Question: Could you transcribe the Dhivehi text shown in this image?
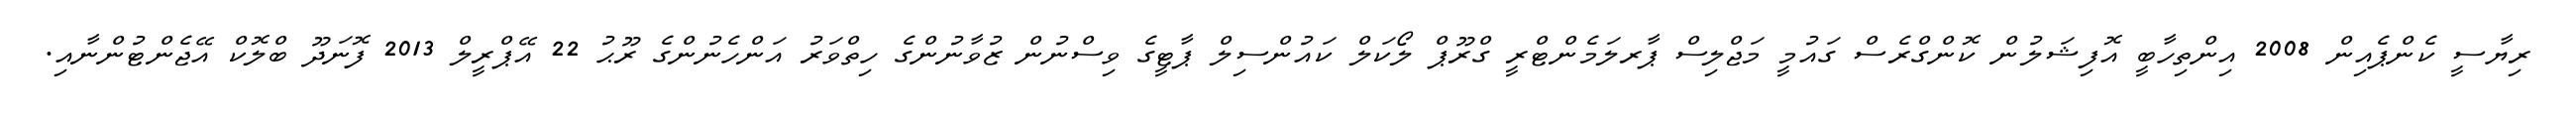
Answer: ރިޔާސީ ކެންޕެއިން 2008 އިންތިހާބީ އޮފިޝަލުން ކޮންގްރެސް ގައުމީ މަޖްލިސް ޕާރލަމެންޓްރީ ގްރޫޕް ލޯކަލް ކައުންސިލް ޕާޓީގެ ވިސްނުން ޒުވާނުންގެ ހިތްވަރު އަންހެނުންގެ ރޫޙު 22 އޭޕްރީލް 2013 ފޮނަދޫ ބްލޮކް އޭޖެންޓުންނާއި.